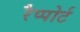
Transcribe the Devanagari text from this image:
रैप्पोर्ट